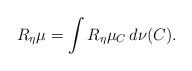
LaTeX: \begin{align*}R_\eta \mu = \int R_\eta \mu_C \, d \nu (C).\end{align*}